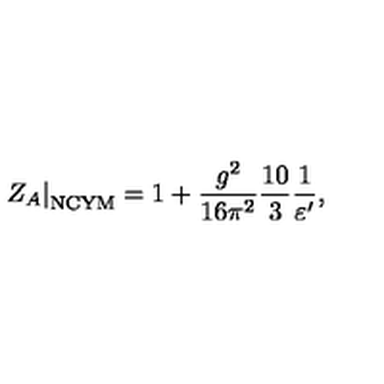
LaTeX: \left. Z _ { A } \right| _ { \mathrm { N C Y M } } = 1 + \frac { g ^ { 2 } } { 1 6 \pi ^ { 2 } } \frac { 1 0 } { 3 } \frac { 1 } { \varepsilon ^ { \prime } } ,